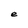
Character: e